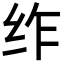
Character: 𮉣